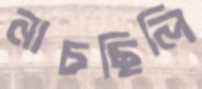
নাচছিলি